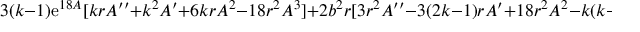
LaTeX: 3 ( k - 1 ) \mathrm { e } ^ { 1 8 A } [ k r A ^ { \prime \prime } + k ^ { 2 } A ^ { \prime } + 6 k r A ^ { 2 } - 1 8 r ^ { 2 } A ^ { 3 } ] + 2 b ^ { 2 } r [ 3 r ^ { 2 } A ^ { \prime \prime } - 3 ( 2 k - 1 ) r A ^ { \prime } + 1 8 r ^ { 2 } A ^ { 2 } - k ( k - 1 ) ] = 0 .